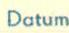
Datum